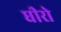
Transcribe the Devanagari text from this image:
धीरो